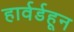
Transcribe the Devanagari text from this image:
हार्वर्डहून